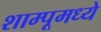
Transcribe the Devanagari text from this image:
शाम्पूमध्ये